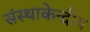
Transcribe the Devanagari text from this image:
संस्थाकेन्द्रीय